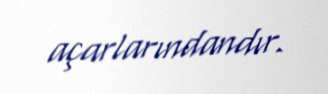
açarlarındandır.